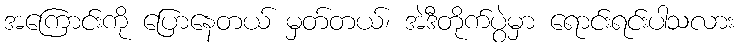
အကြောင်းကို ပြောနေတယ် မှတ်တယ်၊ အဲဒီတိုက်ပွဲမှာ ရောင်းရင်းပါသလား